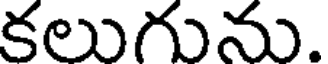
కలుగును.